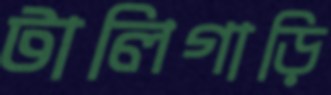
টালিগাড়ি